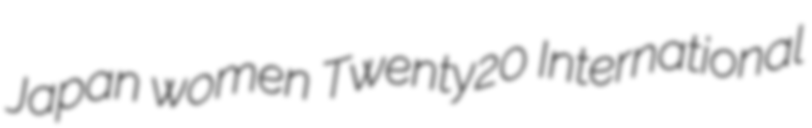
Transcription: Japan women Twenty20 International